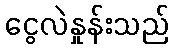
ငွေလဲနှုန်းသည်